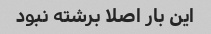
این بار اصلا برشته نبود